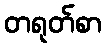
တရုတ်စာ